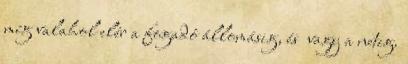
míg valahol elér a fogadó állomásig, és vagy a netig.